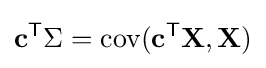
\mathbf {c} ^{\mathsf {T}}\Sigma =\operatorname {cov} (\mathbf {c} ^{\mathsf {T}}\mathbf {X} ,\mathbf {X} )